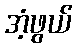
အံ့ဖွယ်